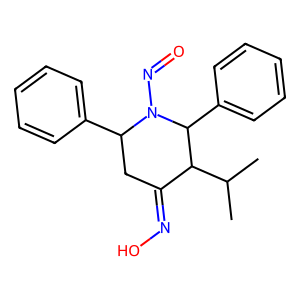
SMILES: CC(C)C1C(=NO)CC(c2ccccc2)N(N=O)C1c1ccccc1
Inhibits HIV replication: No